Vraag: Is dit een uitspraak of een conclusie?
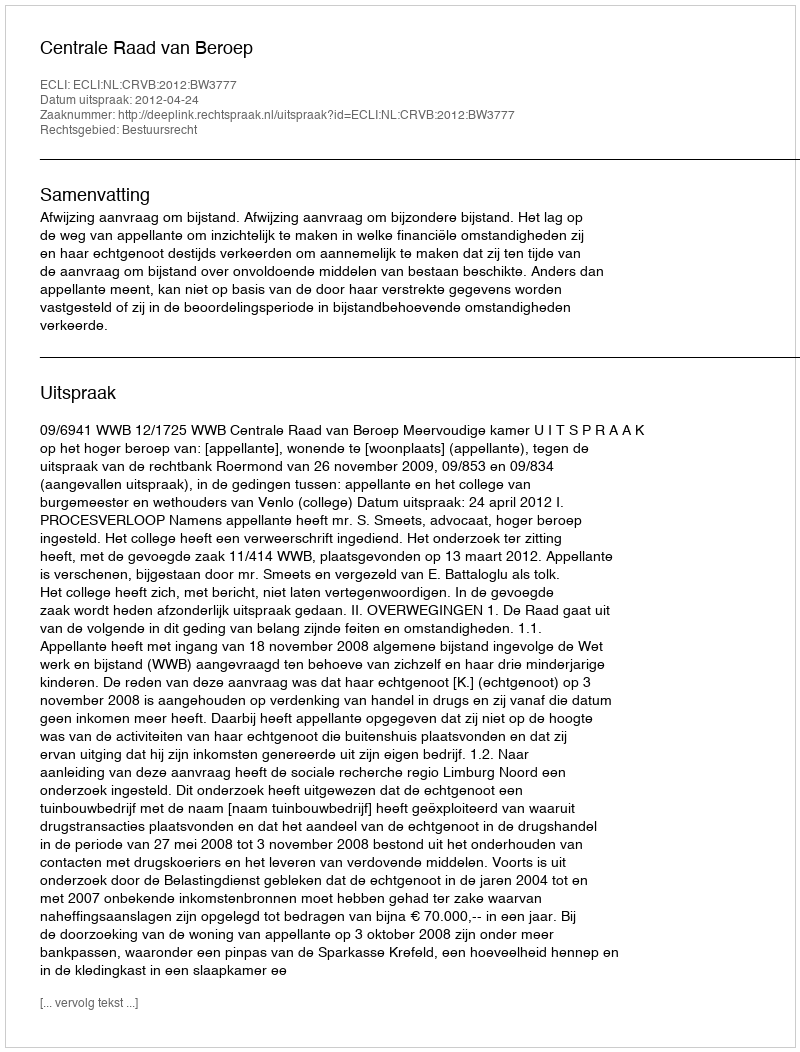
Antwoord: Uitspraak